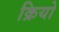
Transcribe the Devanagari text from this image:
क्रियो